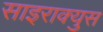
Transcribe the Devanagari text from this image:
साइराक्युस